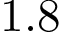
1 . 8